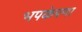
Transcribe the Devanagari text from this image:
भपकेपणा